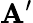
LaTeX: \mathbf{A}^{\prime}